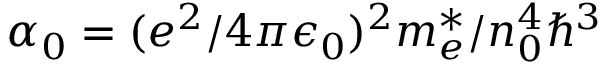
\alpha _ { 0 } = ( e ^ { 2 } / 4 \pi \epsilon _ { 0 } ) ^ { 2 } m _ { e } ^ { * } / n _ { 0 } ^ { 4 } \hbar ^ { 3 }